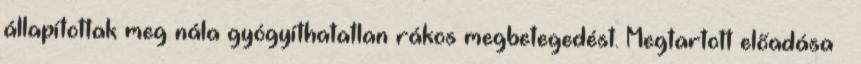
állapítottak meg nála gyógyíthatatlan rákos megbetegedést. Megtartott előadása –